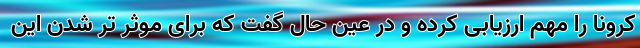
کرونا را مهم ارزیابی کرده و در عین حال گفت که برای موثر تر شدن این